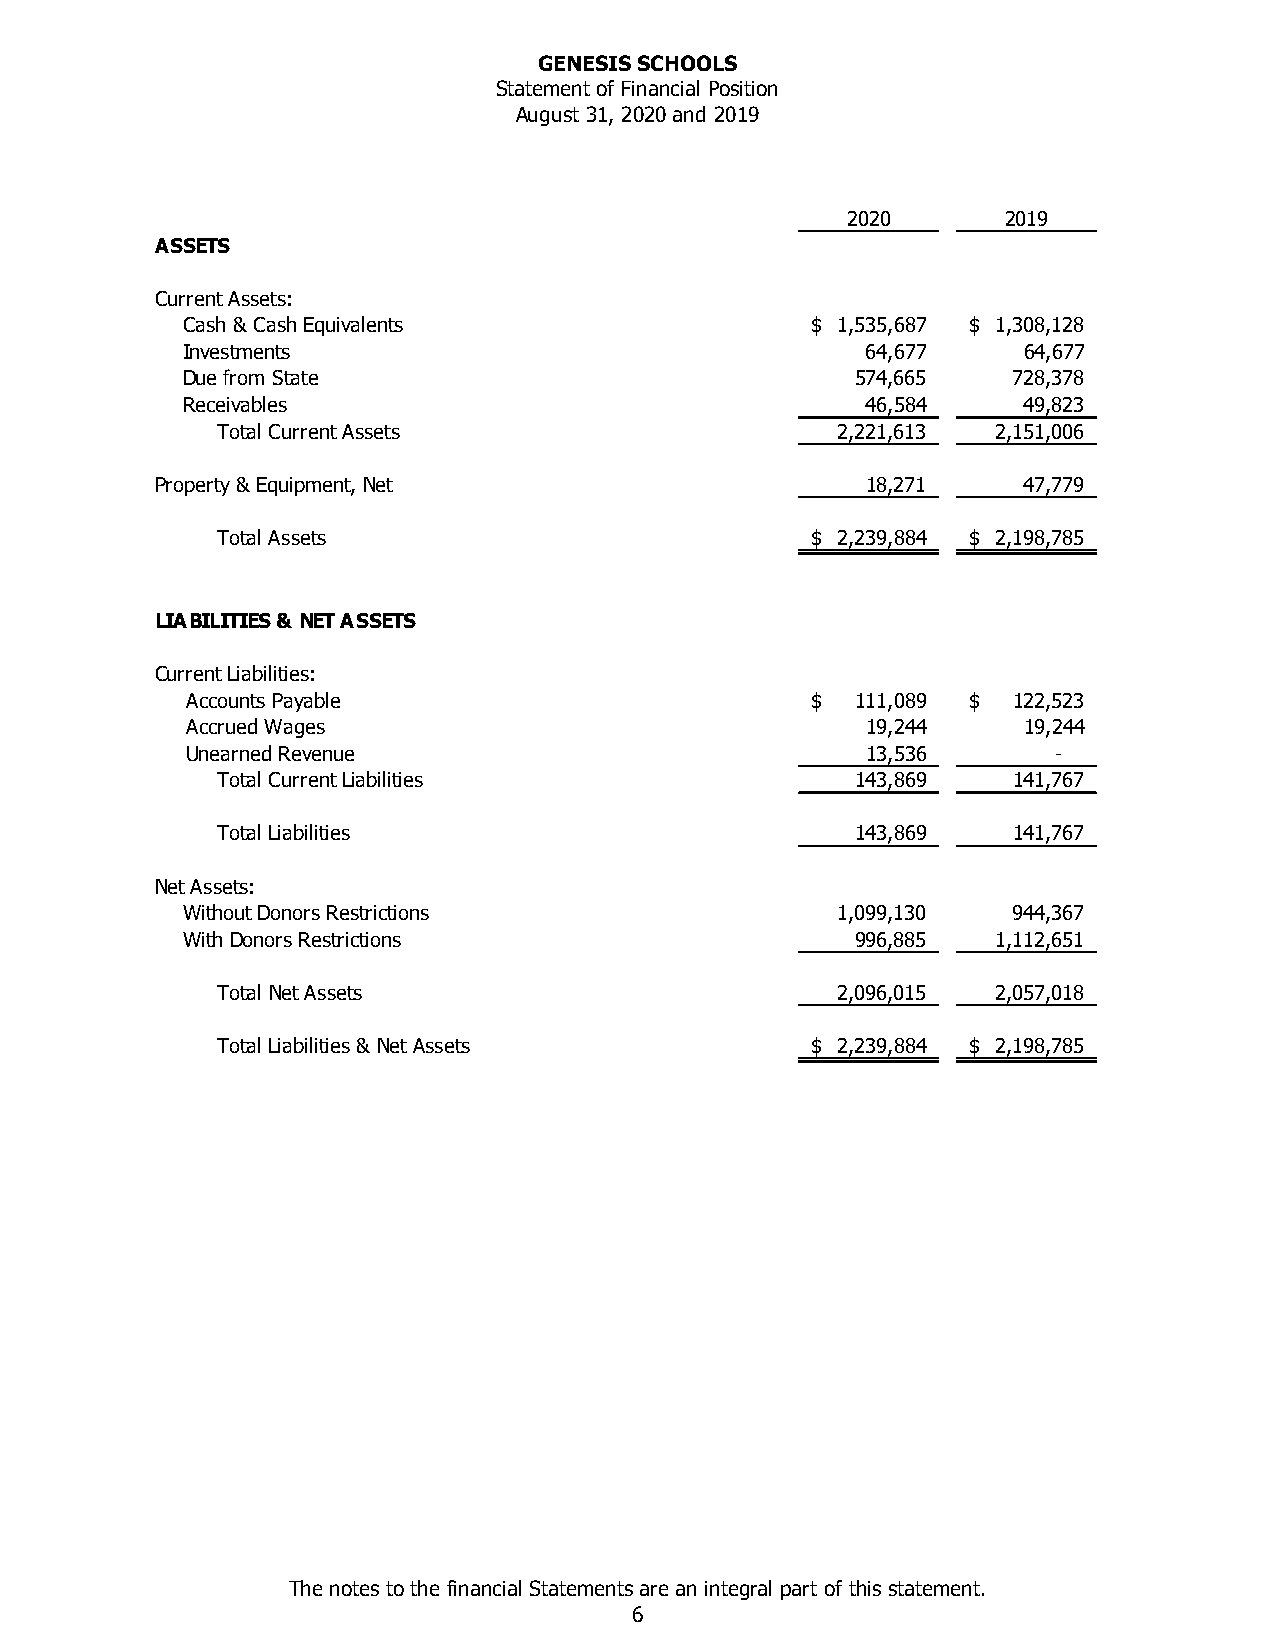
GENESIS SCHOOLS
 Statement of Financial Position
 August 31, 2020 and 2019
 2020       2019
 ASSETS
 Current Assets:
 Cash & Cash Equivalents                   $ 1,535,687 $ 1,308,128
 Investments                                  64,677     64,677
 Due from State                               5 74,665  728,378
 Receivables                                  46,584     49,823
 Total Current Assets                     2,221,613  2,151,006
 Property & Equipment, Net                      18,271     47,779
 Total Assets                            $ 2,239,884 $ 2,198,785
 LIABILITIES & NET ASSETS
 Current Liabilities:
 Accounts Payable                          $  111,089 $ 122,523
 Accrued Wages                                19,244     19,244
 Unearned Revenue                             13,536       -
 Total Current Liabilities                  1 43,869  141,767
 Total Liabilities                          1 43,869  141,767
 Net Assets:
 Without Donors Restrictions                1,099,130   9 44,367
 With Donors Restrictions                     9 96,885 1,112,651
 Total Net Assets                         2,096,015  2,057,018
 Total Liabilities & Net Assets          $ 2,239,884 $ 2,198,785
 The notes to the financial Statements are an integral part of this statement.
 6